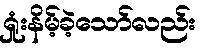
ရှုံးနိမ့်ခဲ့သော်လည်း